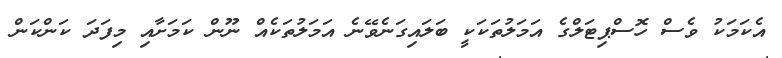
އެކަމަކު ވެސް ހޮސްޕިޓަލްގެ އަމަލުތަކަކީ ބަލައިގަނެވޭނެ އަމަލުތަކެއް ނޫން ކަމަށާއި މިފަދަ ކަންކަން